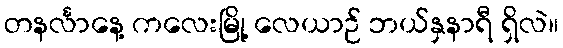
တနင်္လာနေ့ ကလေးမြို့ လေယာဉ် ဘယ်နှနာရီ ရှိလဲ။